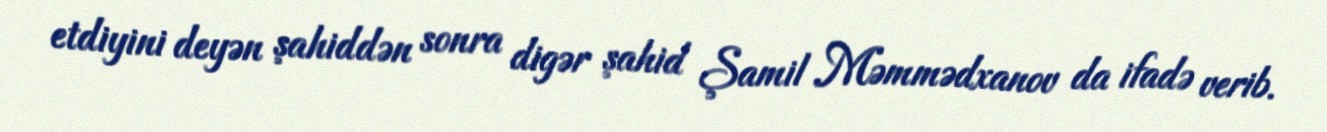
etdiyini deyən şahiddən sonra digər şahid Şamil Məmmədxanov da ifadə verib.